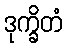
ဒုက္ခိတံ